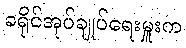
ခရိုင်အုပ်ချုပ်ရေးမှူးက